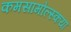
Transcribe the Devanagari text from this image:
कमसामोल्स्कया